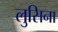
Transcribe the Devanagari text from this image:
लुसिना